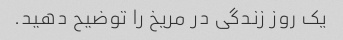
یک روز زندگی در مریخ را توضیح دهید.